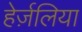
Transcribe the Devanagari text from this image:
हेर्ज़लिया